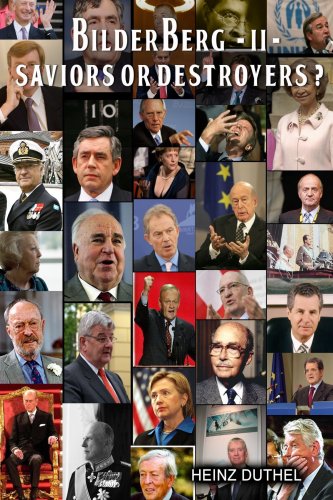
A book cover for #NAME?; Heinz Duthel; Business & Money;